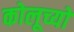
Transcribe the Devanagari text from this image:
कोलूच्यो